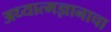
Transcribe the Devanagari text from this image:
अध्यात्मज्ञानाचा